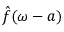
{ \hat { f } } ( \omega - a )